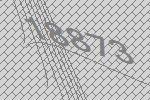
18873